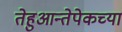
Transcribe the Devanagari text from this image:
तेहुआन्तेपेकच्या